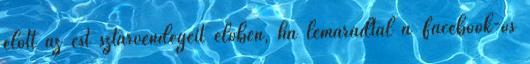
előtt az est sztárvendégeit élőben, ha lemaradtál a Facebook-os